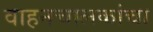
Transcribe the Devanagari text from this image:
वाहनचालकांचा